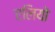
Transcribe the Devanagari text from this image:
एलियो